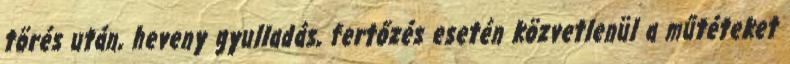
törés után, heveny gyulladás, fertőzés esetén közvetlenül a műtéteket